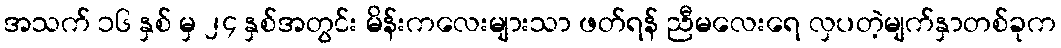
အသက် ၁၆ နှစ် မှ ၂၄ နှစ်အတွင်း မိန်းကလေးများသာ ဖတ်ရန် ညီမလေးရေ လှပတဲ့မျက်နှာတစ်ခုက